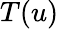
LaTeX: T(u)